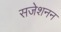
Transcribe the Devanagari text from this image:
सजेशनन